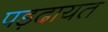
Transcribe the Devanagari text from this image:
पड़दायत